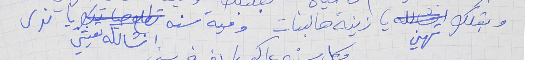
وبقلك تهني يا زينة هالبنات     ومية سنه انشالله تعيشي يا ندى